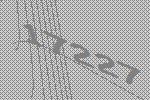
17227